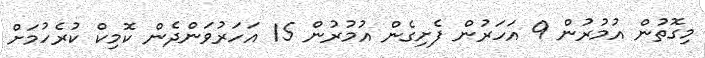
މިގޮތުން އުމުރުން 9 އަހަރުން ފެށިގެން އުމުރުން 15 އަހަރުވަންދެން ކޮމިކް ކުރެހުމަށް